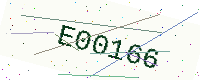
Text: E00166